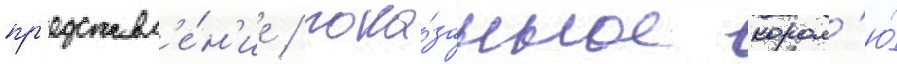
пр'едставл'е́н'ие / пока́занное корол'ю́